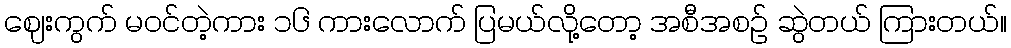
ဈေးကွက် မဝင်တဲ့ကား ၁၆ ကားလောက် ပြမယ်လို့တော့ အစီအစဉ် ဆွဲတယ် ကြားတယ်။